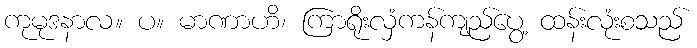
ကုမုဒနာလ။ ပ။ မာဏာဟိ၊ ကြာရိုးလှံကန်ကျည်ပွေ့ ထန်းလုံးစသည်